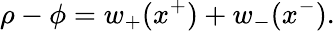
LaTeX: \rho-\phi=w_{+}(x^{+})+w_{-}(x^{-}).